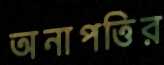
অনাপত্তির